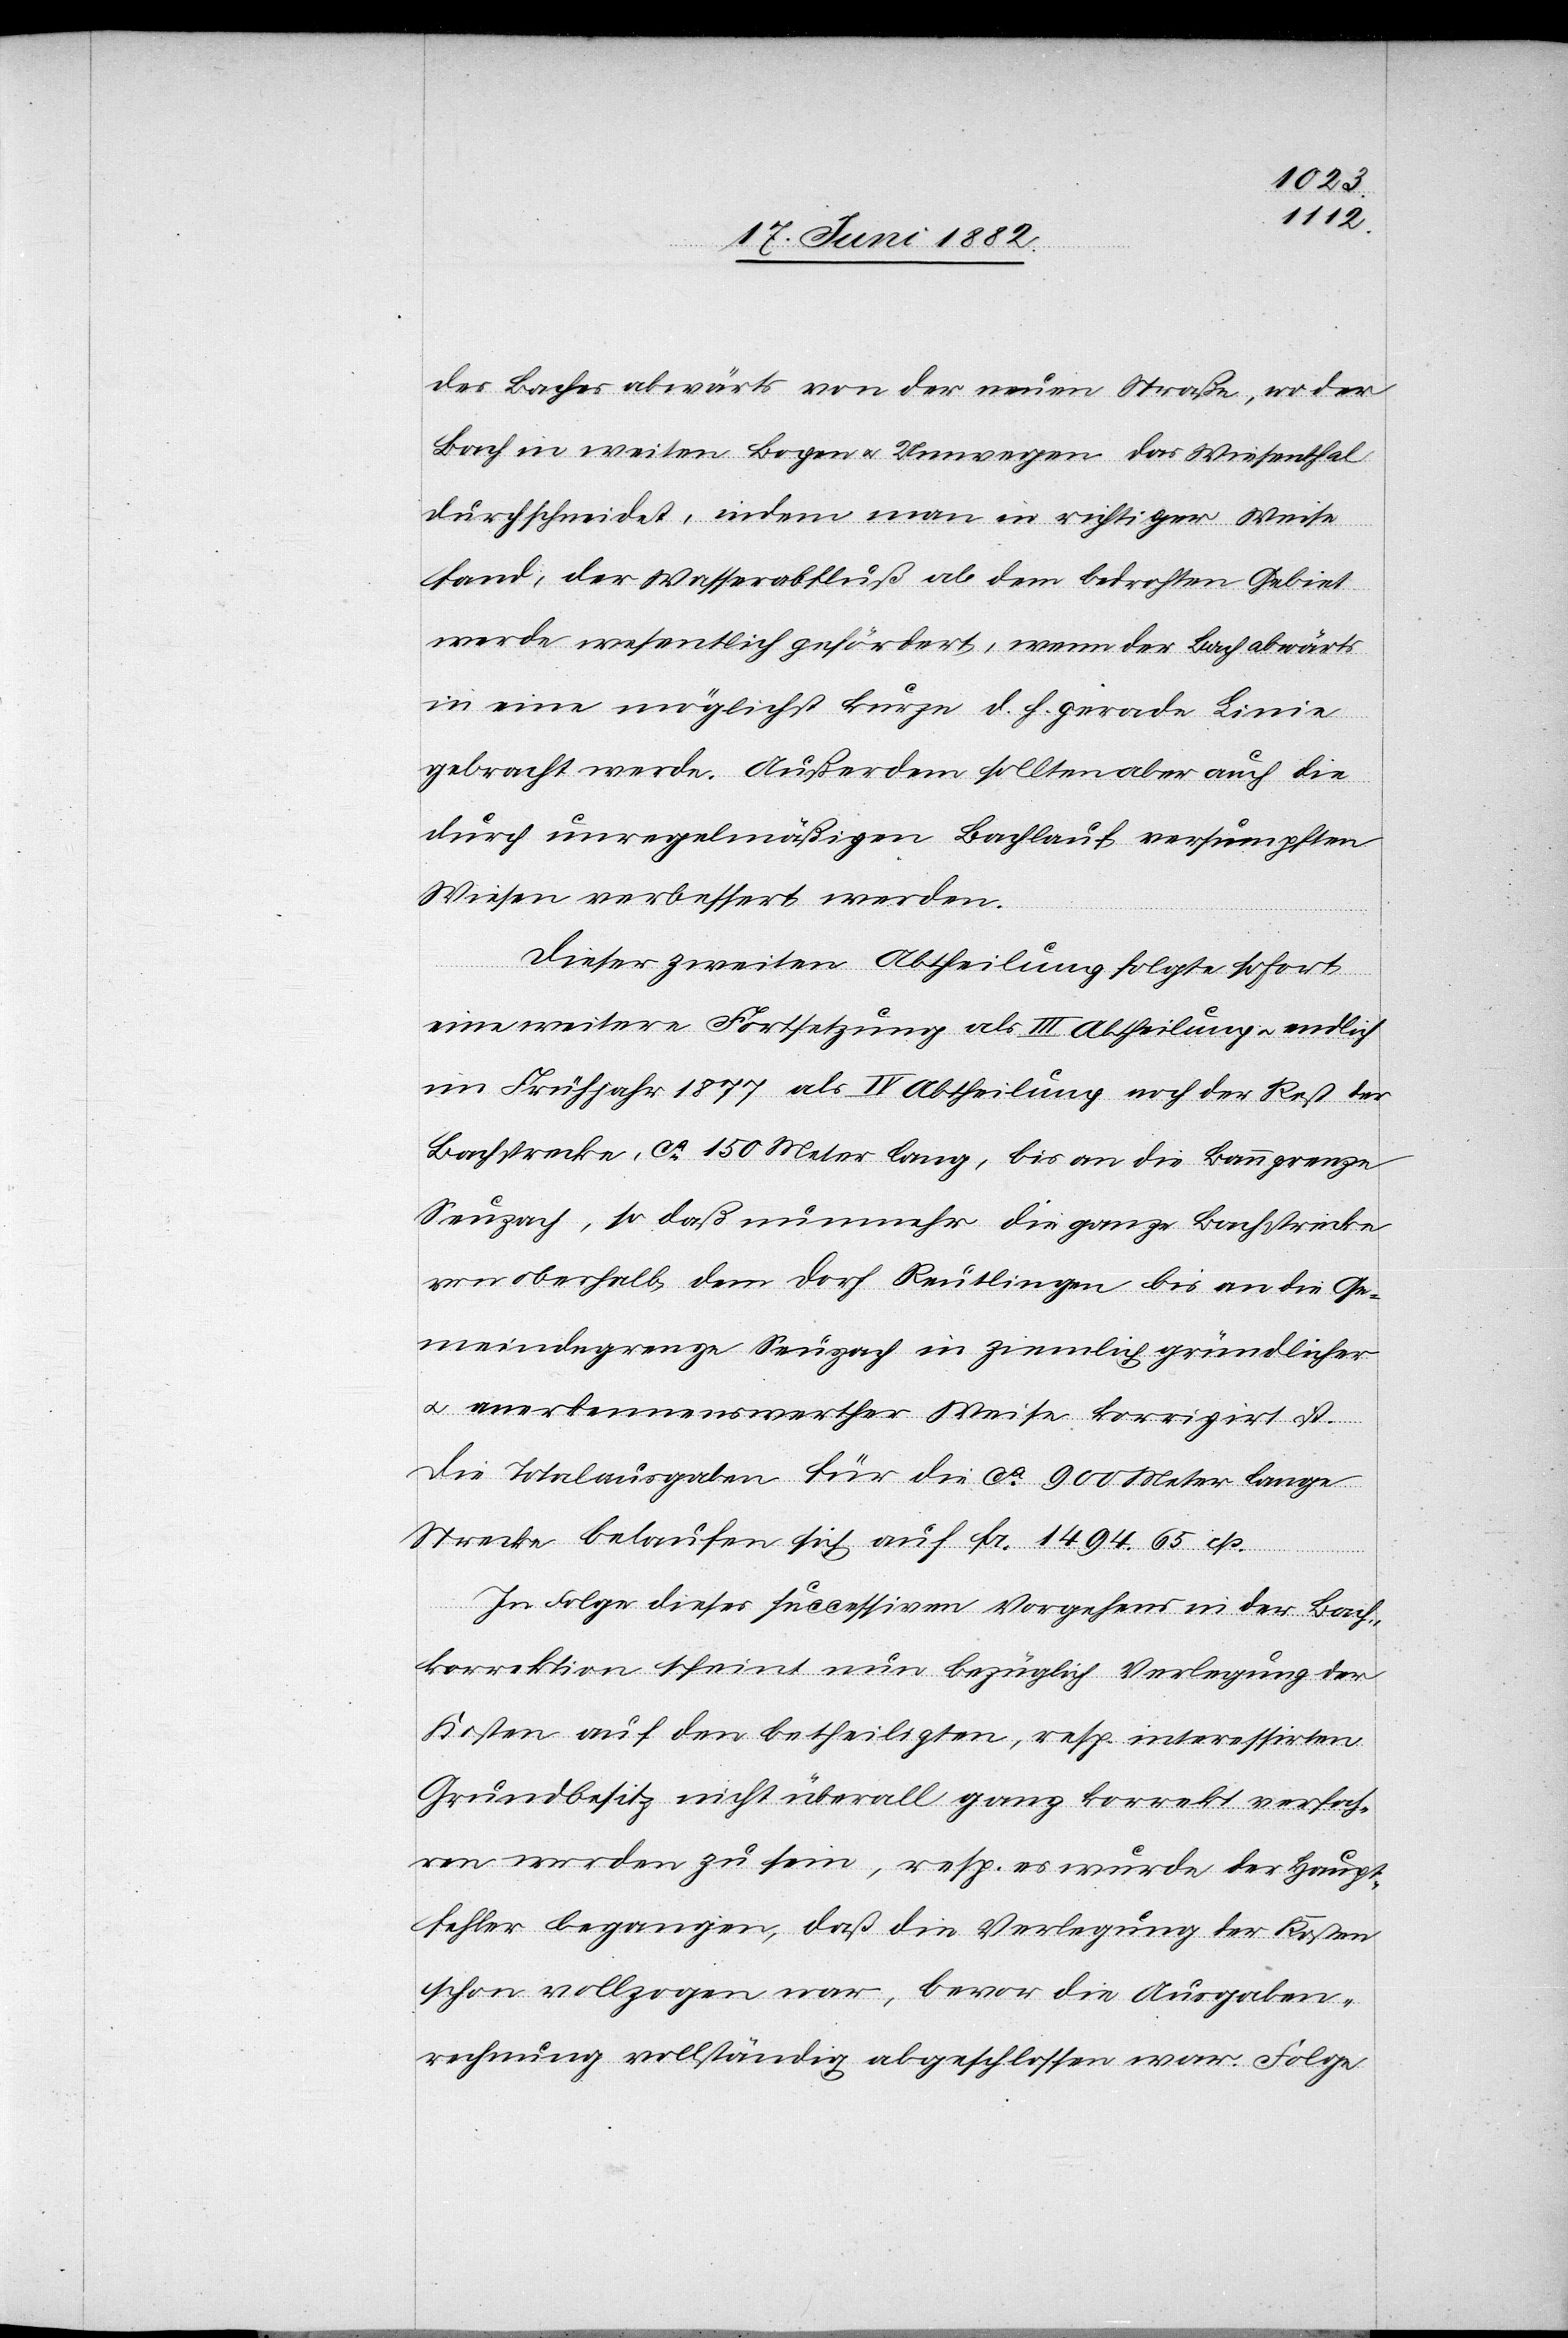
des Baches abwärts von der neuen Straße, wo der
Bach in weiten Bögen u. Umwegen das Wiesenthal
durchschneidet, indem man in richtiger Weise
fand, der Wasserabfluß ab dem bedrohten Gebiet
werde wesentlich gefördert, wenn der Bach abwärts
in eine möglichst kurz d. h. gerade Linie
gebracht werde. Außerdem sollten aber auch die
durch unregelmäßigen Bachlauf versumpften
Wiesen verbessert werden.
Dieser zweiten Abtheilung folgte sofort
eine weitere Fortsetzung als III. Abtheilung u. endlich
im Frühjahr 1877 als IV. Abtheilung noch der Rest der
Bachstrecke, ca 150 Meter lang, bis an die Banngrenze
Seuzach, so daß nunmehr die ganze Bachstrecke
von oberhalb dem Dorf Reutlingen bis an die Ge¬
meindegrenze Seuzach in ziemlich gründlicher
u. anerkennenswerther Weise korrigirt ist.
Die Totalausgaben für die ca 900 Meter lange
Strecke belaufen sich auf Fr. 1494 65 cts.
In Folge dieses successiven Vorgehens in der Bach¬
korrektion scheint nun bezüglich Verlegung der
Kosten auf den betheiligten, resp. interessirten
Grundbesitz nicht überall ganz korrekt verfah¬
ren worden zu sein, resp. es wurde der Haupt¬
fehler begangen, daß die Verlegung der Kosten
schon vollzogen war, bevor die Ausgaben¬
rechnung vollständig abgeschlossen war. Folge